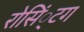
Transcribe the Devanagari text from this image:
रोसिं्टग